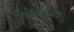
આવિયા